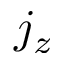
j _ { z }